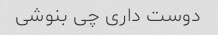
دوست داری چی بنوشی